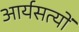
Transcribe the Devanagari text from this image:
आर्यसत्यों